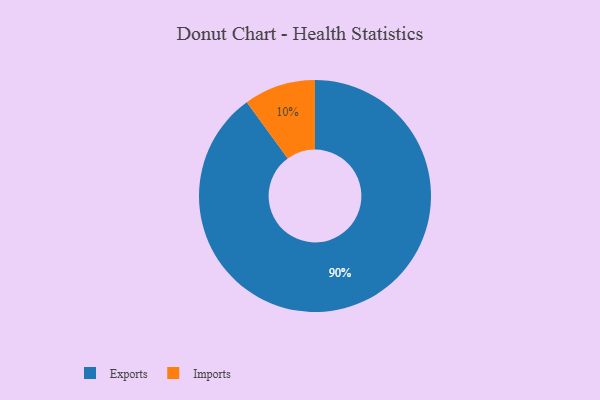
{"axis": {"x": "Category", "y": "Percentage"}, "legend": ["Exports", "Imports"], "data": [{"x": "Imports", "y": 10, "type": "Imports"}, {"x": "Exports", "y": 90, "type": "Exports"}]}